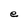
Character: e